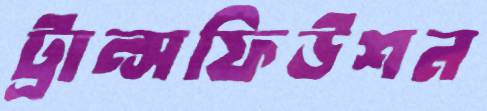
ট্রান্সফিউশন